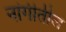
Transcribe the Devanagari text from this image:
नांगीतील